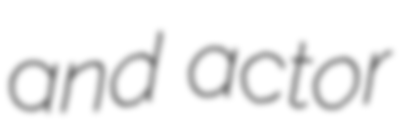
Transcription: and actor